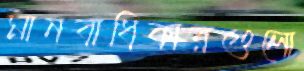
মানবাধিকারগুলো